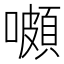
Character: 𡂄